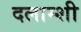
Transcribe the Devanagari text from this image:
दलाम्शी